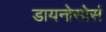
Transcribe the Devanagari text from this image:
डायनोसोर्स